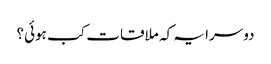
دوسرا یہ کہ ملاقات کب ہوئی؟